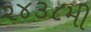
૨૪૩૮મી